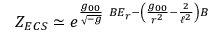
Z _ { E C S } \simeq e ^ { \frac { g _ { 0 0 } } { \sqrt { - g } } \ B E _ { r } - \left( \frac { g _ { 0 0 } } { r ^ { 2 } } - \frac { 2 } { \ell ^ { 2 } } \right) B }